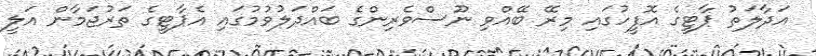
އަދާލަތު ޕާޓީގެ އޮފީހުގައި މިރޭ ބޭއްވި ނޫސްވެރިންގެ ބައްދަލުވުމުގައި އެޕާޓީގެ ތަރުޖަމާން އަލީ